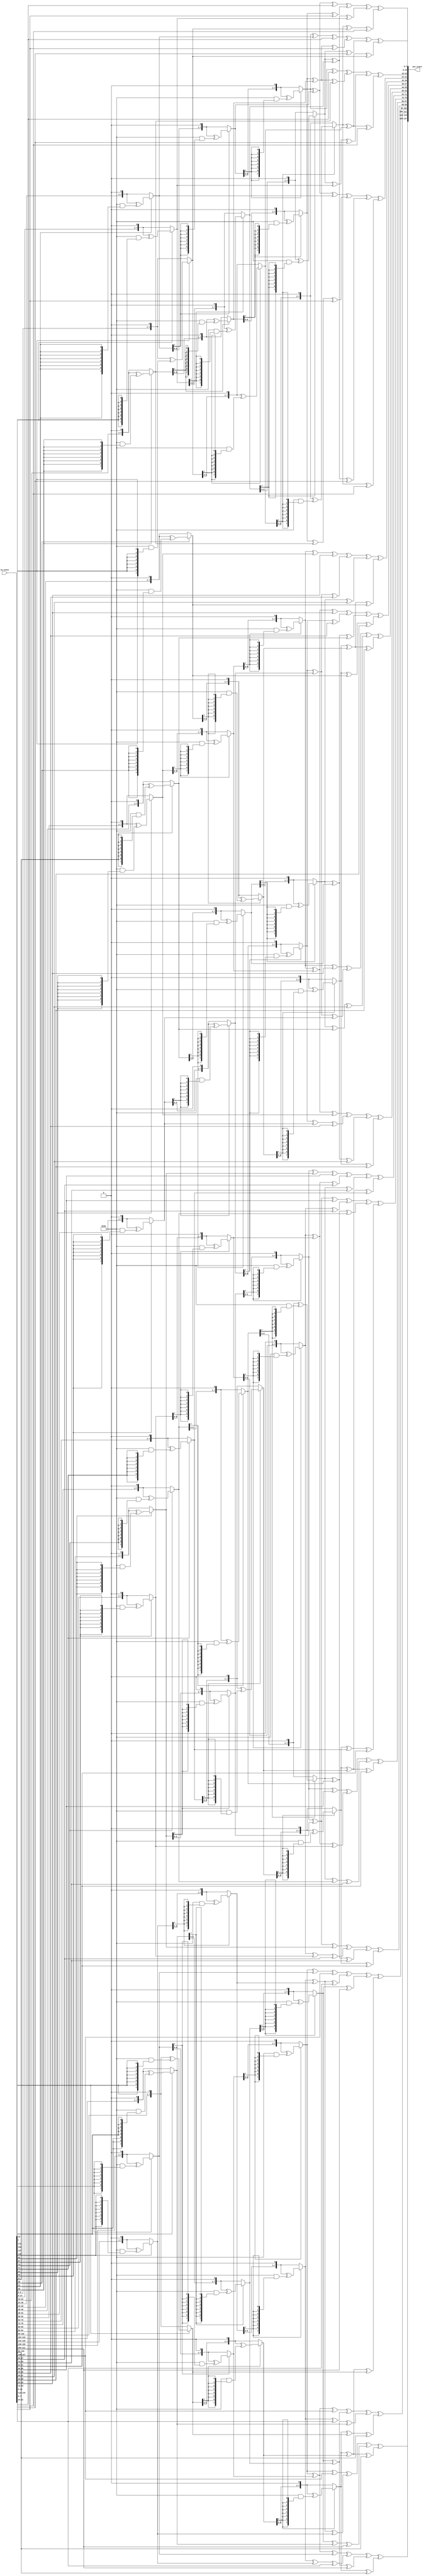
module InvMix(input[0:127] in_state,output[0:127] out_state);
wire[0:7] ewire =8'h0e; 
wire[0:7] dwire =8'h0d;
wire[0:7] bwire =8'h0b;
wire[0:7] wire9 =8'h09;

function automatic [0:7] multiply_2(input[0:7] in_byte,input integer n);
integer i;  
begin 
for(i = 0;i < n; i=i+1) begin
  if(in_byte[0]) begin
      in_byte = {in_byte[1:7], 1'b0} ^ (8'h1b & {8{in_byte[0]}});
   end
else in_byte = {in_byte[1:7],in_byte[0]};
end
multiply_2 = in_byte;
end
endfunction

function[0:7] product(input[0:7] i_byte,input[0:7] element);
begin
     if(element == 8'h0e) begin
        product = multiply_2(i_byte,3) ^ multiply_2(i_byte,2) ^ multiply_2(i_byte,1);
end

else if(element == 8'h0b) begin
        product = multiply_2(i_byte,3) ^ multiply_2(i_byte,1) ^ i_byte;
end

else if(element == 8'h0d) begin
        product = multiply_2(i_byte,3) ^ multiply_2(i_byte,2) ^ i_byte;
end

else if(element == 8'h09) begin
       product = multiply_2(i_byte,3) ^ i_byte;
end
end
endfunction

genvar i;
generate
for(i=0;i<4;i=i+1) begin: multi
  assign out_state[(i*32) +:8]      = product(in_state[(i*32)+:8],ewire) ^  product(in_state[(i*32 +8)+:8],bwire) ^ product(in_state[(i*32 + 16)+:8],dwire) ^ product(in_state[(i*32 + 24)+:8],wire9);
  assign out_state[(i*32 + 8)+:8]   = product(in_state[(i*32)+:8],wire9) ^  product(in_state[(i*32 +8)+:8],ewire) ^ product(in_state[(i*32 + 16)+:8],bwire) ^ product(in_state[(i*32 + 24)+:8],dwire);
  assign out_state[(i*32 + 16)+:8]  = product(in_state[(i*32)+:8],dwire) ^  product(in_state[(i*32 +8)+:8],wire9) ^ product(in_state[(i*32 + 16)+:8],ewire) ^ product(in_state[(i*32 + 24)+:8],bwire);
  assign out_state[(i*32 + 24)+:8]  = product(in_state[(i*32)+:8],bwire) ^  product(in_state[(i*32 +8)+:8],dwire) ^ product(in_state[(i*32 + 16)+:8],wire9) ^ product(in_state[(i*32 + 24)+:8],ewire);
end
endgenerate
endmodule